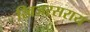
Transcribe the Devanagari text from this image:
खिजरसराय